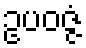
ဥပဝဇ္ဇံ